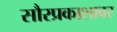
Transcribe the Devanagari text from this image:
सौरप्रकाशावर